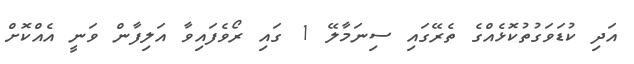
އަދި ކުޑަވަގުތުކޮޅެއްގެ ތެރޭގައި ސިނަމާލޭ 1 ގައި ރޯވެފައިވާ އަލިފާން ވަނީ އެއްކޮށް